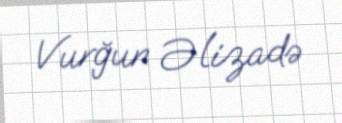
Vurğun Əlizadə